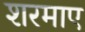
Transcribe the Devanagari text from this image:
शरमाए